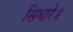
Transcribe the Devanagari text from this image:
सिधारे॥